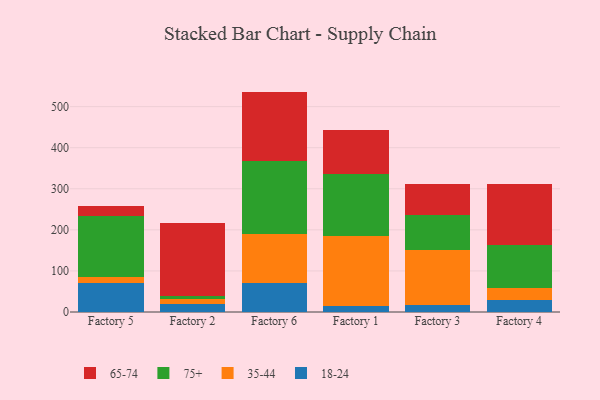
{"axis": {"x": "Factory", "y": "Headcount"}, "legend": ["18-24", "35-44", "65-74", "75+"], "data": [{"x": "Factory 5", "y": 70.9, "type": "18-24"}, {"x": "Factory 5", "y": 14.9, "type": "35-44"}, {"x": "Factory 5", "y": 148.7, "type": "75+"}, {"x": "Factory 5", "y": 22.9, "type": "65-74"}, {"x": "Factory 2", "y": 20.5, "type": "18-24"}, {"x": "Factory 2", "y": 10.1, "type": "35-44"}, {"x": "Factory 2", "y": 8.0, "type": "75+"}, {"x": "Factory 2", "y": 179.2, "type": "65-74"}, {"x": "Factory 6", "y": 70.6, "type": "18-24"}, {"x": "Factory 6", "y": 119.5, "type": "35-44"}, {"x": "Factory 6", "y": 176.9, "type": "75+"}, {"x": "Factory 6", "y": 169.6, "type": "65-74"}, {"x": "Factory 1", "y": 14.8, "type": "18-24"}, {"x": "Factory 1", "y": 169.9, "type": "35-44"}, {"x": "Factory 1", "y": 152.2, "type": "75+"}, {"x": "Factory 1", "y": 105.7, "type": "65-74"}, {"x": "Factory 3", "y": 17.7, "type": "18-24"}, {"x": "Factory 3", "y": 133.9, "type": "35-44"}, {"x": "Factory 3", "y": 85.1, "type": "75+"}, {"x": "Factory 3", "y": 74.2, "type": "65-74"}, {"x": "Factory 4", "y": 28.6, "type": "18-24"}, {"x": "Factory 4", "y": 28.8, "type": "35-44"}, {"x": "Factory 4", "y": 106.5, "type": "75+"}, {"x": "Factory 4", "y": 147.3, "type": "65-74"}]}